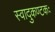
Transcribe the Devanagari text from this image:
स्वादुकण्टकः